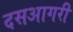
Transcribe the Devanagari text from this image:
दसआगरी